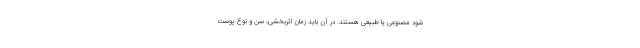
شود مصنوعی یا طبیعی هستند. در آن باید زمان اثربخشی، سن و نوع پوست